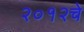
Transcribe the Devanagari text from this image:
२०१२चे